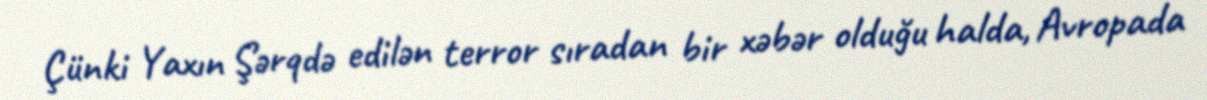
Çünki Yaxın Şərqdə edilən terror sıradan bir xəbər olduğu halda, Avropada